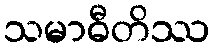
သမာဓီတိဿ